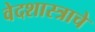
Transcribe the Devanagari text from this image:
वेदशास्त्राचे